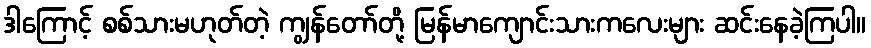
ဒါကြောင့် စစ်သားမဟုတ်တဲ့ ကျွန်တော်တို့ မြန်မာကျောင်းသားကလေးများ ဆင်းနေခဲ့ကြပါ။